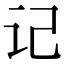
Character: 记